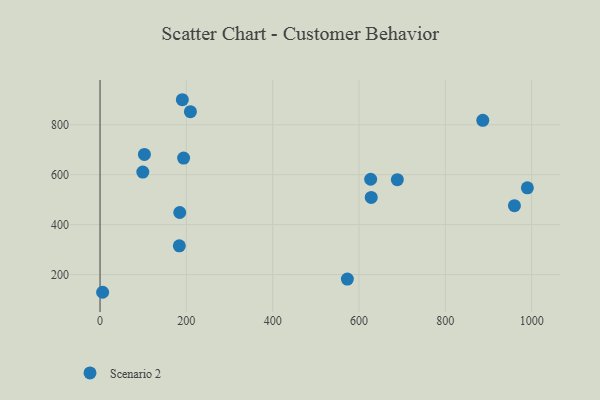
{"axis": {"x": "Speed", "y": "Profit"}, "legend": ["Scenario 2"], "data": [{"x": "960.1", "y": 476.1, "type": "Scenario 2"}, {"x": "183.7", "y": 315.3, "type": "Scenario 2"}, {"x": "102.8", "y": 681.5, "type": "Scenario 2"}, {"x": "184.7", "y": 448.7, "type": "Scenario 2"}, {"x": "886.8", "y": 817.9, "type": "Scenario 2"}, {"x": "688.8", "y": 580.0, "type": "Scenario 2"}, {"x": "573.0", "y": 182.2, "type": "Scenario 2"}, {"x": "6.0", "y": 129.2, "type": "Scenario 2"}, {"x": "193.6", "y": 666.6, "type": "Scenario 2"}, {"x": "628.3", "y": 509.1, "type": "Scenario 2"}, {"x": "990.1", "y": 547.7, "type": "Scenario 2"}, {"x": "99.1", "y": 610.5, "type": "Scenario 2"}, {"x": "190.7", "y": 900.4, "type": "Scenario 2"}, {"x": "209.4", "y": 852.7, "type": "Scenario 2"}, {"x": "627.0", "y": 581.9, "type": "Scenario 2"}]}